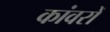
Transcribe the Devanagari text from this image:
कांवरों